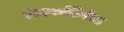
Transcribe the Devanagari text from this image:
इंटरकॉंटिनेंटल